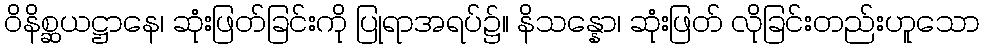
ဝိနိစ္ဆယဋ္ဌာနေ၊ ဆုံးဖြတ်ခြင်းကို ပြုရာအရပ်၌။ နိသန္နော၊ ဆုံးဖြတ် လိုခြင်းတည်းဟူသော